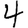
Digit: 4